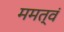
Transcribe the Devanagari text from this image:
ममत्वं